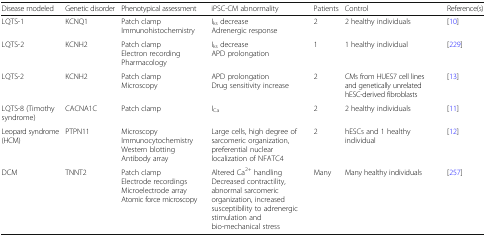
<table><thead><tr><td><b>Disease modeled</b></td><td><b>Genetic disorder</b></td><td><b>Phenotypical assessment</b></td><td><b>iPSC-CM abnormality</b></td><td><b>Patients</b></td><td><b>Control</b></td><td><b>Reference(s)</b></td></tr></thead><tbody><tr><td>LQTS-1</td><td>KCNQ1</td><td>Patch clampImmunohistochemistry</td><td>I<sub>ks</sub> decreaseAdrenergic response</td><td>2</td><td>2 healthy individuals</td><td>[10]</td></tr><tr><td>LQTS-2</td><td>KCNH2</td><td>Patch clampElectron recordingPharmacology</td><td>I<sub>ks</sub> decreaseAPD prolongation</td><td>1</td><td>1 healthy individual</td><td>[229]</td></tr><tr><td>LQTS-2</td><td>KCNH2</td><td>Patch clampMicroscopy</td><td>APD prolongationDrug sensitivity increase</td><td>2</td><td>CMs from HUES7 cell lines and genetically unrelated hESC-derived fibroblasts</td><td>[13]</td></tr><tr><td>LQTS-8 (Timothy syndrome)</td><td>CACNA1C</td><td>Patch clamp</td><td>I<sub>Ca</sub></td><td>2</td><td>2 healthy individuals</td><td>[11]</td></tr><tr><td>Leopard syndrome (HCM)</td><td>PTPN11</td><td>MicroscopyImmunocytochemistryWestern blottingAntibody array</td><td>Large cells, high degree of sarcomeric organization, preferential nuclear localization of NFATC4</td><td>2</td><td>hESCs and 1 healthy individual</td><td>[12]</td></tr><tr><td>DCM</td><td>TNNT2</td><td>Patch clampElectrode recordingsMicroelectrode arrayAtomic force microscopy</td><td>Altered Ca<sup>2+</sup> handlingDecreased contractility, abnormal sarcomeric organization, increased susceptibility to adrenergic stimulation and bio-mechanical stress</td><td>Many</td><td>Many healthy individuals</td><td>[257]</td></tr></tbody></table>